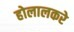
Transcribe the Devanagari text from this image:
होलालकरे